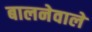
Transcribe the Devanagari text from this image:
बालनेवाले